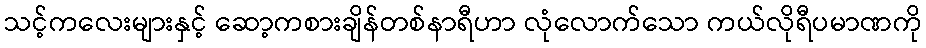
သင့်ကလေးများနှင့် ဆော့ကစားချိန်တစ်နာရီဟာ လုံလောက်သော ကယ်လိုရီပမာဏကို